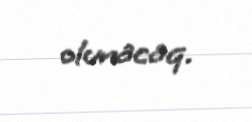
olunacaq.